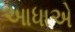
આધાએ